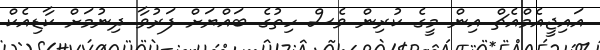
އައިޖީއެމްއެޗް އިން މީގެ ކުރިން ވެސް ހިތުގެ ބައްޔަށް ފަރުވާ ދިނުމަށް ކާޑިއެކް